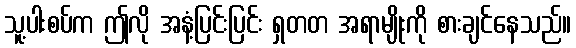
သူ့ပါးစပ်က ဤလို အနံ့ပြင်းပြင်း ရှတတ အရာမျိုးကို စားချင်နေသည်။